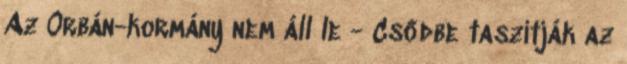
Az Orbán-kormány nem áll le - Csődbe taszítják az